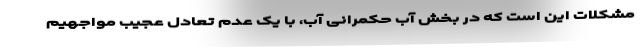
مشکلات این است که در بخش آب حکمرانی آب، با یک عدم تعادل عجیب مواجهیم